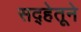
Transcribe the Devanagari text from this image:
सद्‍हेतूने